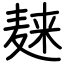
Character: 𪎌